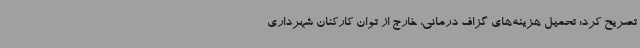
تصریح کرد: تحمیل هزینه‌های گزاف درمانی، خارج از توان کارکنان شهرداری